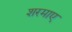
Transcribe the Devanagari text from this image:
शरमाए